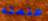
علمته